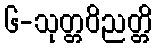
၆-သုတ္တဝိညတ္တိ